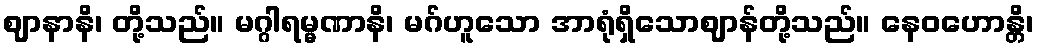
ဈာနာနိ၊ တို့သည်။ မဂ္ဂါရမ္မဏာနိ၊ မဂ်ဟူသော အာရုံရှိသောဈာန်တို့သည်။ နေဝဟောန္တိ၊